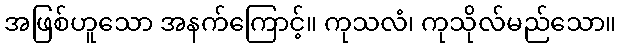
အဖြစ်ဟူသော အနက်ကြောင့်။ ကုသလံ၊ ကုသိုလ်မည်သော။